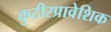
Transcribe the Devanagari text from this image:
कुटीरप्रावेशिक